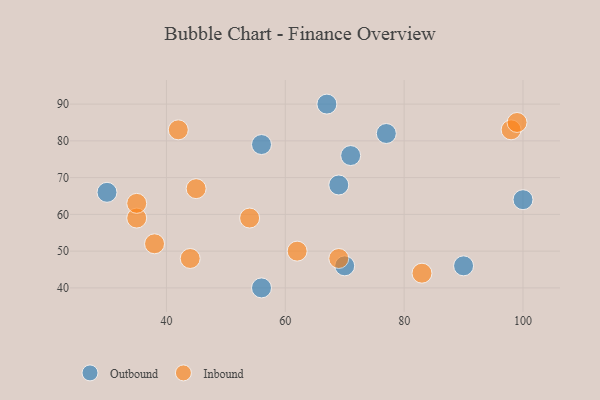
{"axis": {"x": "GDP", "y": "Life Expectancy"}, "legend": ["Inbound", "Outbound"], "data": [{"x": "30", "y": 66, "type": "Outbound"}, {"x": "70", "y": 46, "type": "Outbound"}, {"x": "56", "y": 40, "type": "Outbound"}, {"x": "90", "y": 46, "type": "Outbound"}, {"x": "77", "y": 82, "type": "Outbound"}, {"x": "56", "y": 79, "type": "Outbound"}, {"x": "71", "y": 76, "type": "Outbound"}, {"x": "69", "y": 68, "type": "Outbound"}, {"x": "100", "y": 64, "type": "Outbound"}, {"x": "67", "y": 90, "type": "Outbound"}, {"x": "45", "y": 67, "type": "Inbound"}, {"x": "83", "y": 44, "type": "Inbound"}, {"x": "98", "y": 83, "type": "Inbound"}, {"x": "69", "y": 48, "type": "Inbound"}, {"x": "99", "y": 85, "type": "Inbound"}, {"x": "54", "y": 59, "type": "Inbound"}, {"x": "62", "y": 50, "type": "Inbound"}, {"x": "42", "y": 83, "type": "Inbound"}, {"x": "44", "y": 48, "type": "Inbound"}, {"x": "38", "y": 52, "type": "Inbound"}, {"x": "35", "y": 59, "type": "Inbound"}, {"x": "35", "y": 63, "type": "Inbound"}]}